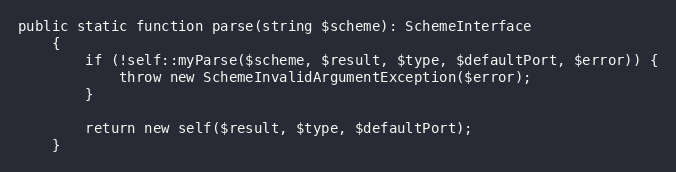
Language: PHP
public static function parse(string $scheme): SchemeInterface
    {
        if (!self::myParse($scheme, $result, $type, $defaultPort, $error)) {
            throw new SchemeInvalidArgumentException($error);
        }

        return new self($result, $type, $defaultPort);
    }